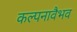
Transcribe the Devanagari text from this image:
कल्पनावैभव